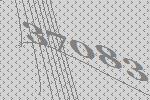
37083